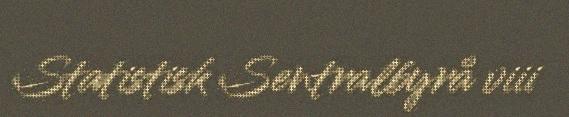
Statistisk Sentralbyrå viii